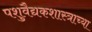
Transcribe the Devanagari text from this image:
पशुवैद्यकशास्त्राच्या